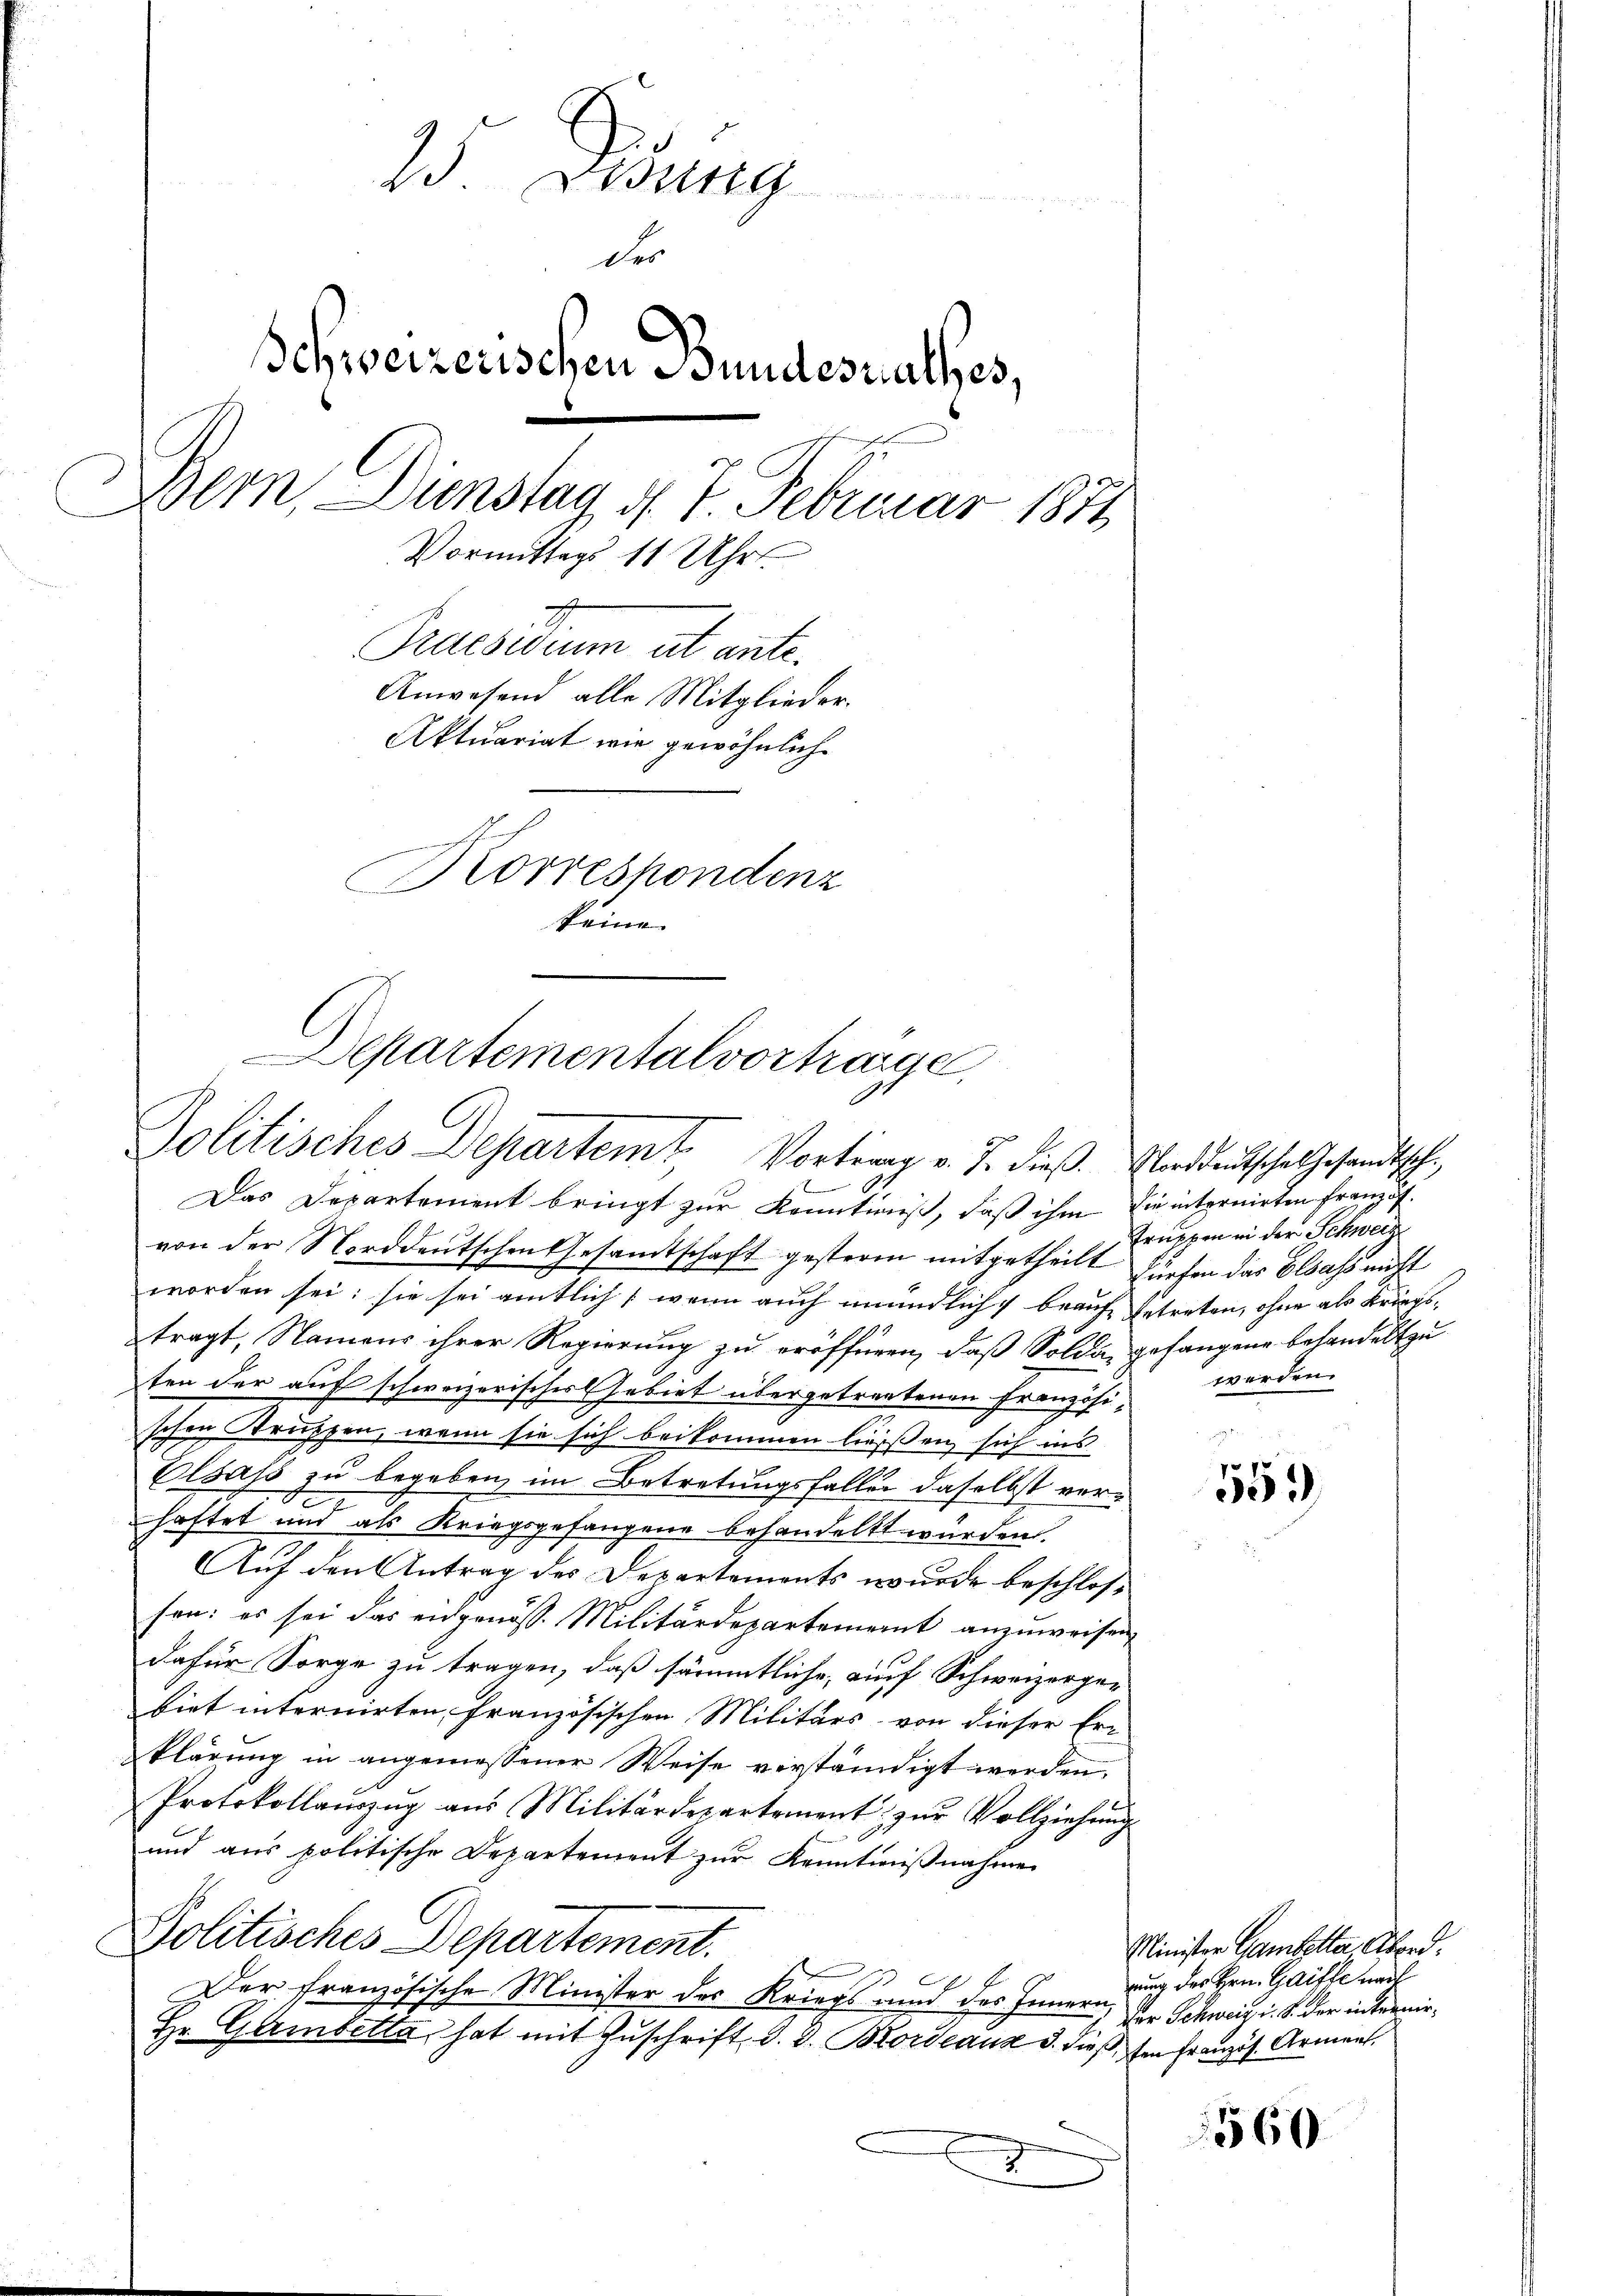
13. Desung
der
Schweizerischen Bundesrathes,
Bern, Dienstag d. 7. Februar 1871
Vormittags 11 Uhr.
2.
Praesidium ut ante.
Anwesend alle Mitglieder.
Aktuariat wie gewöhnlich
Korrespondenz
keine.

Departementalvortrage
Politisches Departemt, Vortrag v. J. dieß. Norddeutsche Gesandtschi

Das Departement bringt zur Kenntniß, daß ihm die internirten Französ.
von der Norddeutschen Gesamtschaft gestern mitgetheilt fürfen das Elsass nicht
worden sei: sie sei amtlich, wenn auch mündlich beauft betreten, ohne als Kriegstragt, Namens ihrer Regierung zu eröffnen, daß Solda, gefangene Behandelt zu
ten der auf schweizerisches Gebiet übergetrautenen Französischen Struppen, wenn sie sich beikommen ließen sich ins
Elsass zu begeben, im Betretungsfaller daselbst verhaftet und als Kriegsgefangene behandelt würden.
Auf den Antrag des Departements wurde beschlossen: es sei das eidgenöss. Militärdepartement anzuweisen,
dafür Sorge zu tragen, daß sämmtliche, auf Schweizergebiet internirten, französischen Militärs von dieser Er-
klärung in angemessener Weise verständigt werden.
Protokollaŭszŭg aŭs Militärdepartement zŭr Vollziehŭng
und aus politische Departement zur Kenntnißnahme
Politisches Departement.
Der französische Minister des Kriegs und des Innern,
Hr. Gambetta hat mit Zuschrift, d. d. Bordeaus 3. dieß, mn Französ. Arment.

Truppen in der Schweiz
werden.

f 7 x
59

Minister Gambetter Abord.
rung des Hrn. Gaifle nach
Dor Schweiz i. S. der internir¬

560